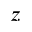
z